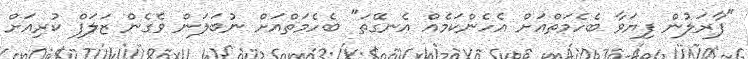
"ފާރަލުން ފިޔަވާ ބެހެމަތްއަށް އެހެންކަމެއް އެނގޭތަ" ބެހެމަތްއަށް ނުބަލަން ވެގެން ޒަލަފް ކުރިއަށް